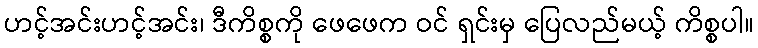
ဟင့်အင်းဟင့်အင်း၊ ဒီကိစ္စကို ဖေဖေက ဝင် ရှင်းမှ ပြေလည်မယ့် ကိစ္စပါ။